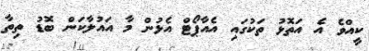
ކީއްވެ އެ އަތޮޅު ތަކުގައި އެއާޕޯޓް އެޅުން މާ އައުލާކަން ބޮޑު ތިތާ